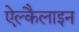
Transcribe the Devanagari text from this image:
ऐल्कैलाइन